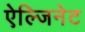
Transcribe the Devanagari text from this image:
ऐल्जिनेट